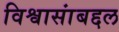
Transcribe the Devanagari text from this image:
विश्वासांबद्दल